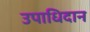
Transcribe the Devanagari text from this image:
उपाधिदान